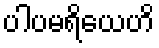
ပါပမရိယေဟိ